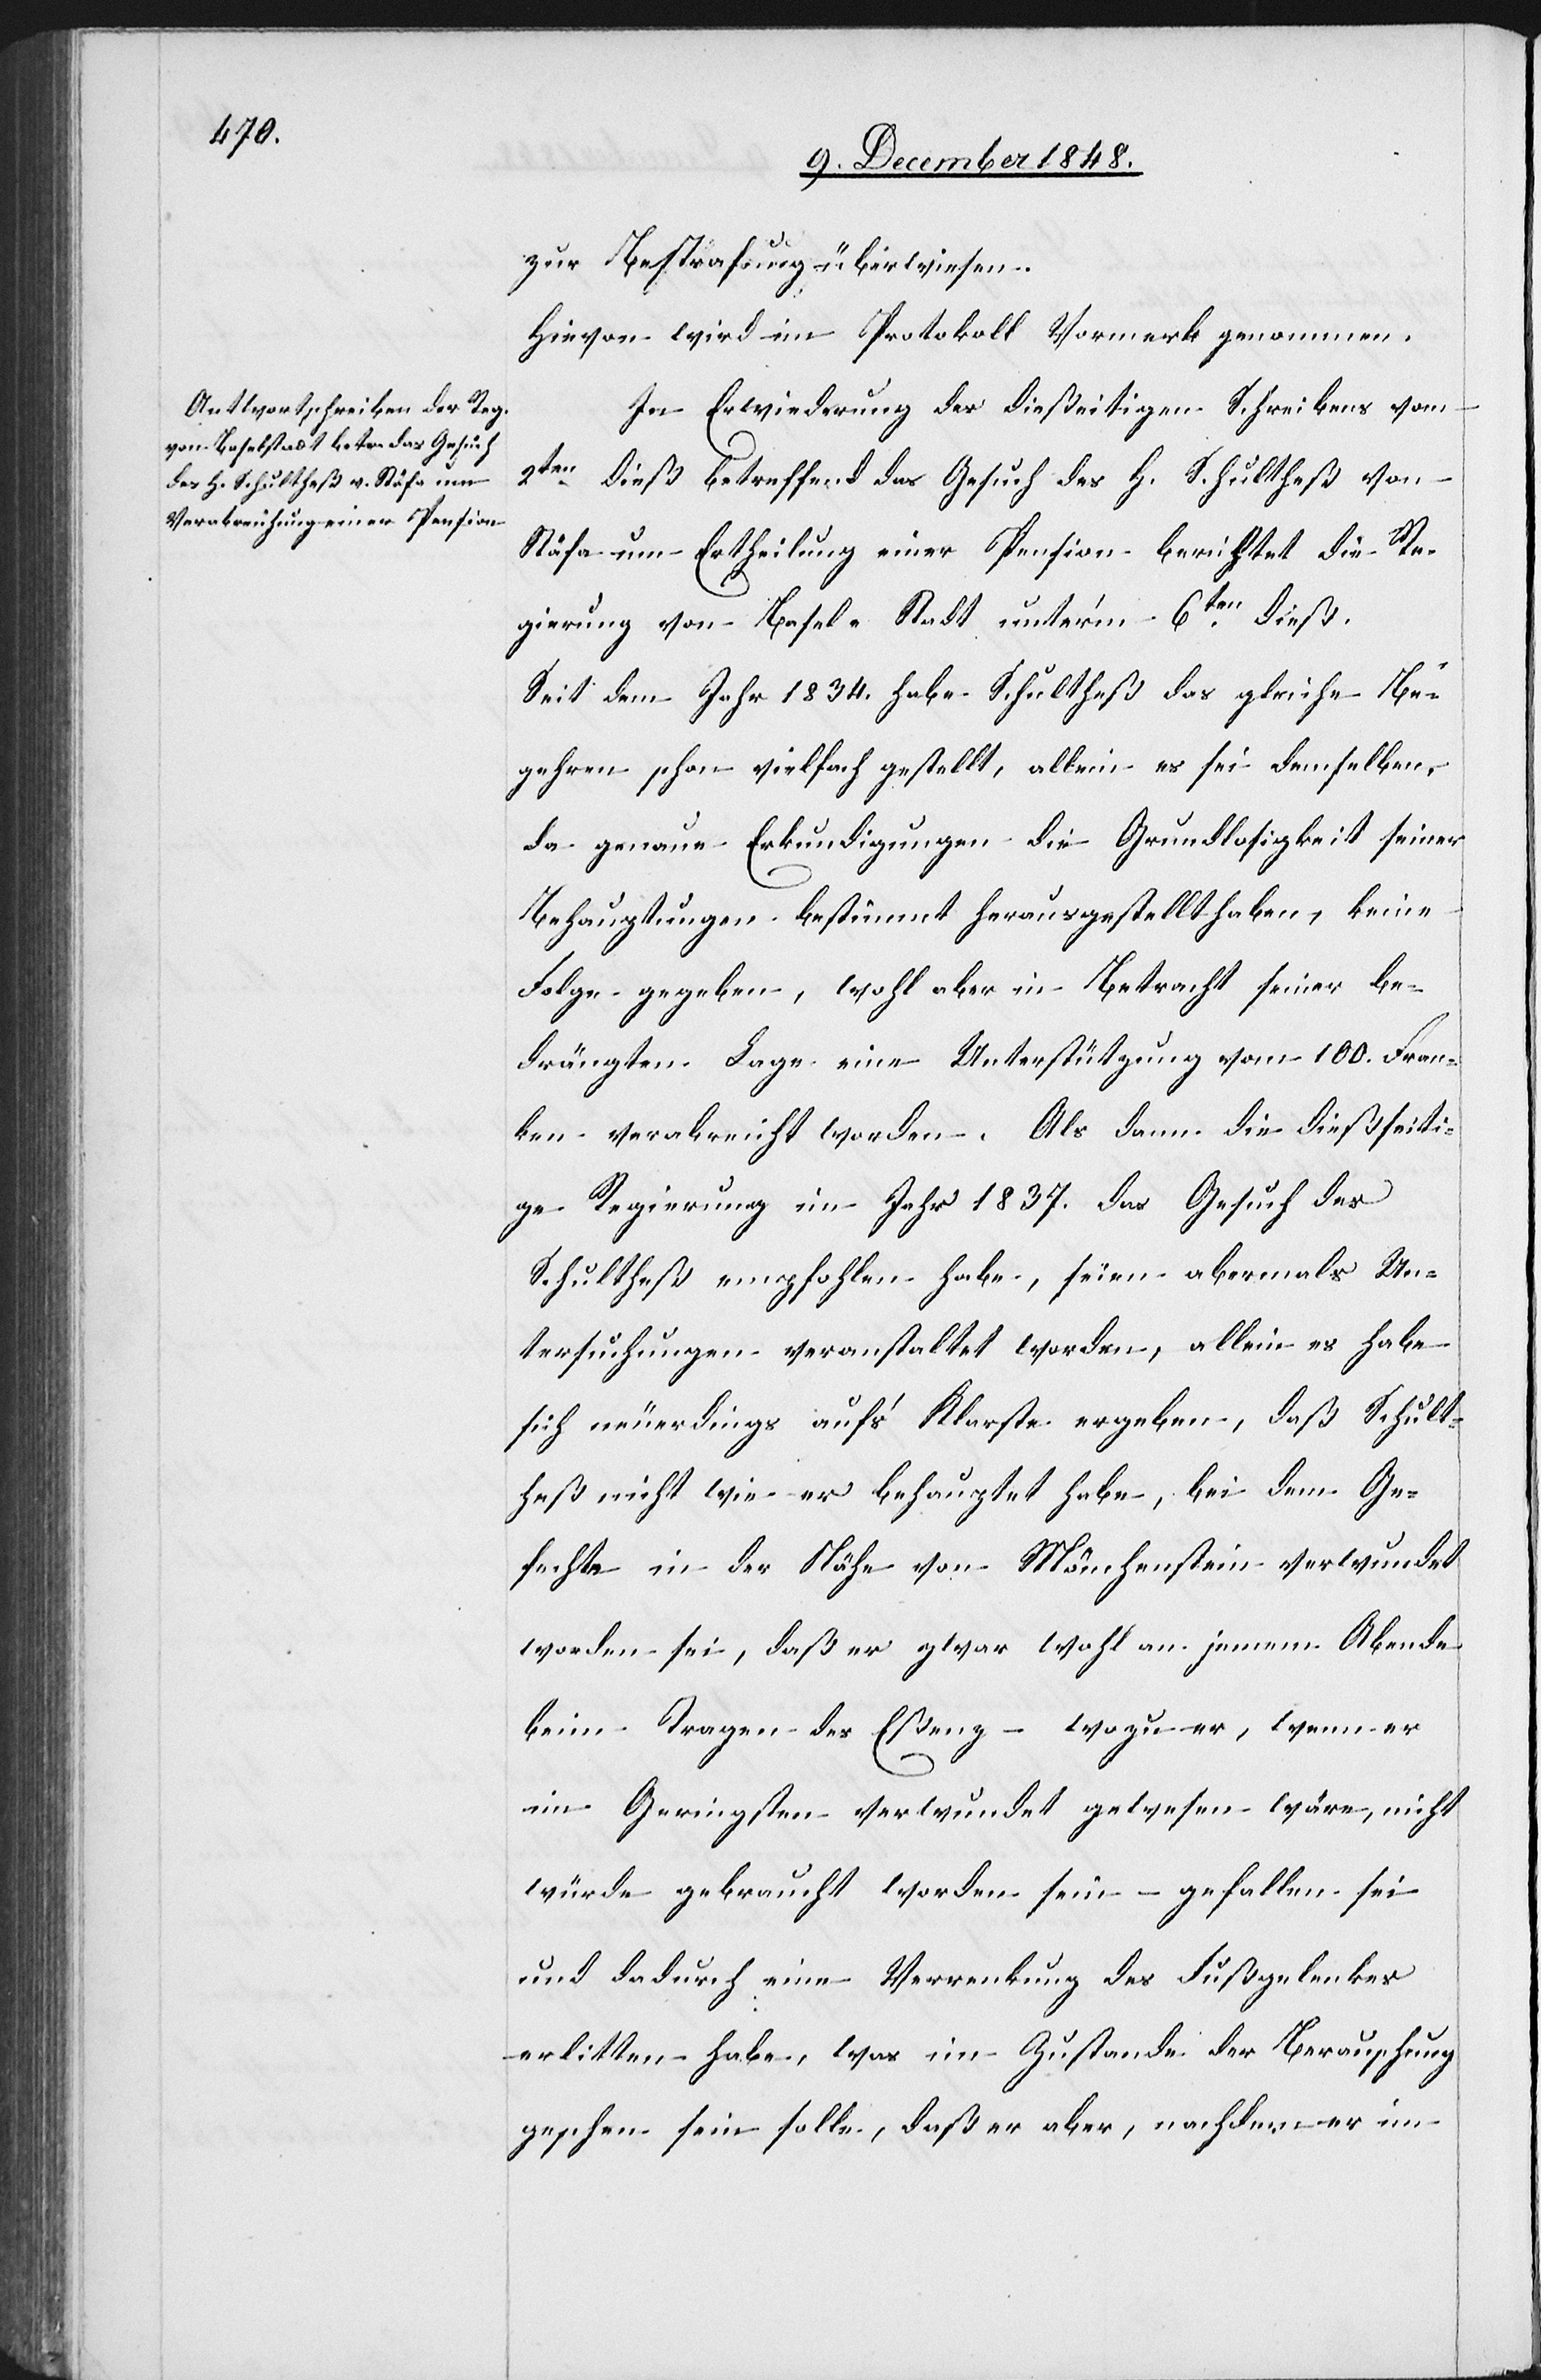
zur Bestrafung überwiesen.
Hievon wird im Protokoll Vormerk genommen.
In Erwiederung des dießeitigen Schreibens vom
2ten dieß betreffend das Gesuch des H. Schultheß von
Stäfa um Ertheilung einer Pension berichtet die Re¬
gierung von Basel-Stadt unter’m 6ten dieß:
Seit dem Jahr 1834. habe Schultheß das gleiche Be¬
gehren schon vielfach gestellt, allein es sei demselben,
da genaue Erkundigungen die Grundlosigkeit seiner
Behauptungen bestimmt herausgestellt haben, keine
Folge gegeben, wohl aber in Betracht seiner be¬
drängten Lage eine Unterstützung vom 100. Fran¬
ken verabreicht worden. Als dann die dießseiti¬
ge Regierung im Jahr 1837. das Gesuch des
Schultheß empfohlen habe, seien abermals Un¬
tersuchungen veranstaltet worden, allein es habe
sich neuerdings auf’s Klarste ergeben, daß Schult¬
heß nicht wie er behauptet habe, bei dem Ge¬
fechte in der Nähe von Mönchenstein verwundet
worden sei, daß er zwar wohl an jenem Abende
beim Tragen des Eßenz – wozu er, wenn er
im Geringsten verwundet gewesen wäre, nicht
würde gebraucht worden sein – gefallen sei
und dadurch eine Verrenkung des Fußgelenkes
erlitten habe, was im Zustande der Berauschung
geschehen sein solle, daß er aber, nachdem er im